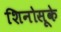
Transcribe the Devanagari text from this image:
शिनोसूके